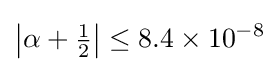
\left|\alpha +{\tfrac {1}{2}}\right|\leq 8.4\times 10^{-8}